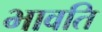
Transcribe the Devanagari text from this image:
भावति